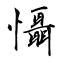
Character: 懾